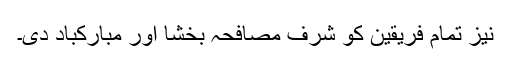
نیز تمام فریقین کو شرف مصافحہ بخشا اور مبارکباد دی۔